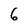
Character: 6